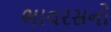
ભાવરસનો